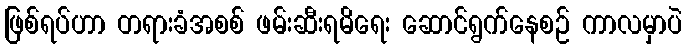
ဖြစ်ရပ်ဟာ တရားခံအစစ် ဖမ်းဆီးရမိရေး ဆောင်ရွက်နေစဉ် ကာလမှာပဲ